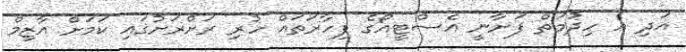
އަދި އެ ހިދުމަތް ފަށާނީ އެސްޓީއޯގެ ފިހާރަތައް ހުރި ރަށްރަށުގައި ކަމަށް އާޒިމް